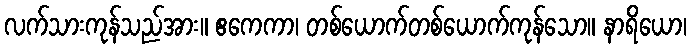
လက်သားကုန်သည်အား။ ဧကေကာ၊ တစ်ယောက်တစ်ယောက်ကုန်သော။ နာရိယော၊